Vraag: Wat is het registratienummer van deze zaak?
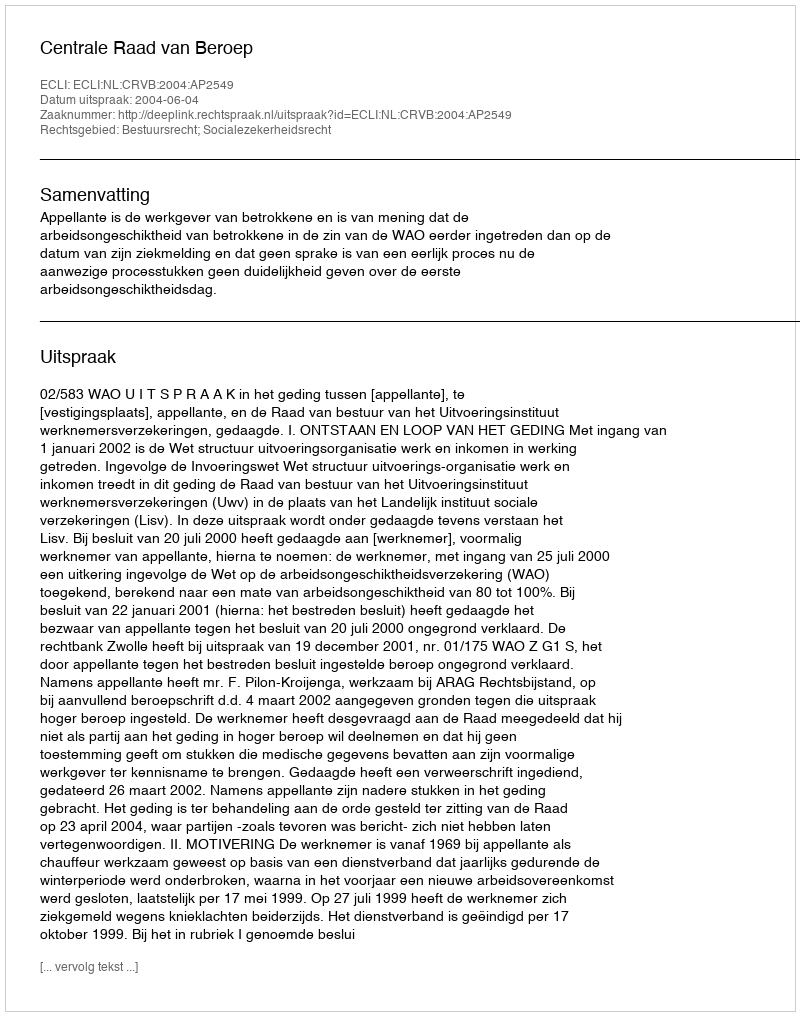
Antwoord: http://deeplink.rechtspraak.nl/uitspraak?id=ECLI:NL:CRVB:2004:AP2549